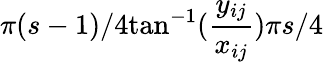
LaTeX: \pi(s-1)/4\le\tan^{-1}(\frac{y_{ij}}{x_{ij}})\le\pi s/4